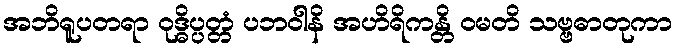
အဘိရူပတရာ ဝုဒ္ဓိပ္ပတ္တံ ပဘဝါနိ အဟိရိကန္တိ ဝမတိ သဗ္ဗဓာတုကာ